Vaccination report Assam 1896-1927 - 1896-1927
Year: 1896
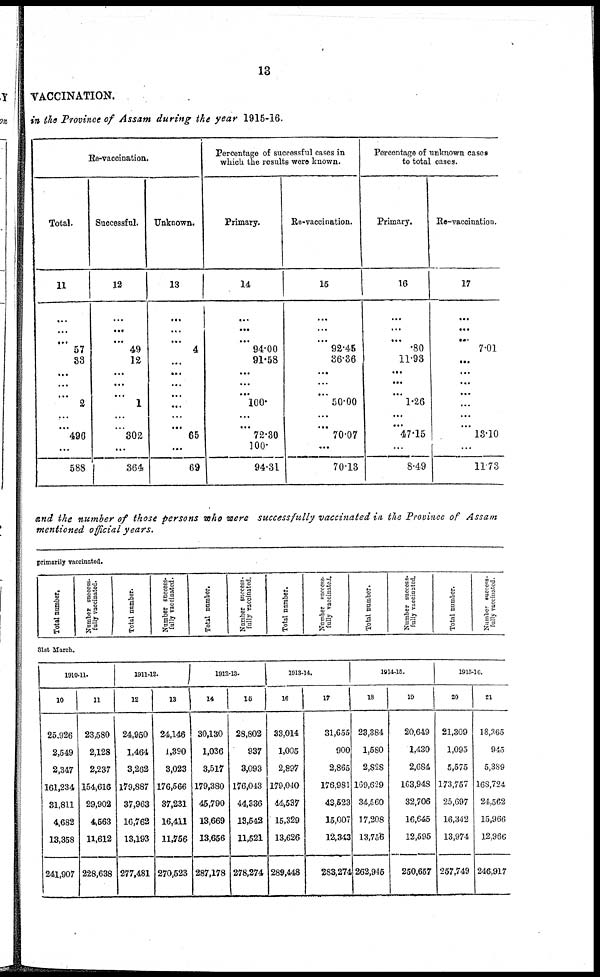
13
VACCINATION.
in the Province of Assam during the year 1915-16.
Re-vaccination.
Total.
11
...
...
...
57
33
...
...
...
2
...
...
496
...
588
Successful.
12
...
...
...
49
12
...
...
...
1
...
...
302
...
364
Unknown.
13
...
...
...
4
...
...
...
...
...
...
...
65
...
69
Percentage of successful cases in
which the results were known.
Primary.
14
...
...
...
94.00
91.58
...
...
...
100
...
...
72.30
100
94.31
Re-vaccination.
15
...
...
...
92.45
36.36
...
...
...
50.00
...
...
70.07
...
70.13
Percentage of unknown cases
to total cases.
Primary.
16
...
...
...
.80
11.93
...
...
...
1.26
...
...
47.15
...
8.49
Re-vaccination.
17
...
...
...
7.01
...
...
...
...
...
...
...
13.10
...
11.73
and the number of those persons who were successfully vaccinated in the Province of Assam
mentioned official years.
primarily vaccinated.
Total number.
Number success-
fully vaccinated.
Total number.
Number success-
fully vaccinated.
Total number.
Number success -
fully vaccinated.
Total number.
Number success-
fully vaccinated.
Total number.
Number success-
fully vaccinated.
Total number.
Number success-
fully vaccinated.
31st March.
1910-11.
10
25,926
2,549
2,347
161,234
31,811
4,682
13,358
241,907
11
23,580
2,128
2,237
154,616
29,902
4,563
11,612
228,638
1911-12.
12
24,950
1,464
3,262
179,887
37,963
16,762
13,193
277,481
13
24,146
1,390
3,023
176,566
37,231
16,411
11,756
270,523
1912-13.
14
30,130
1,036
3,517
179,380
45,790
13,669
13,656
287,178
15
28,802
937
3,093
176,043
44,336
13,542
11,521
278,274
1913-14.
16
33,014
1,005
2,897
179,040
44,537
15,329
13,626
289,448
17
31,655
900
2,865
176,981
43,523
15,007
12,343
283,274
1914-15.
18
23,384
1,580
2,828
169,629
34,560
17,208
13,756
262,945
19
20,649
1,430
2,684
163,948
32,706
16,645
12,595
250,657
1915-16.
20
21,309
1,095
5,575
173,757
25,697
16,342
13,974
257,749
21
18,365
945
5,389
168,724
24,562
15,966
12,966
246,917